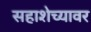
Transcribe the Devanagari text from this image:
सहाशेच्यावर